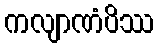
ကလျာဏံပိဿ